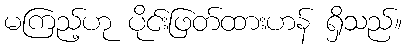
မကြည့်ဟု ပိုင်းဖြတ်ထားဟန် ရှိသည်။